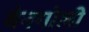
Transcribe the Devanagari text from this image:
वेनगोली